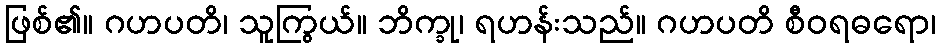
ဖြစ်၏။ ဂဟပတိ၊ သူကြွယ်။ ဘိက္ခု၊ ရဟန်းသည်။ ဂဟပတိ စီဝရဓရော၊